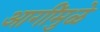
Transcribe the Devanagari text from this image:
आगींमुळे